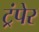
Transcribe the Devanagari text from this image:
ट्रंपेर